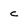
Character: c